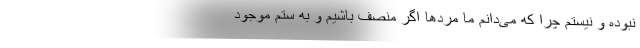
نبوده و نیستم چرا که می‌دانم ما مردها اگر منصف باشیم و به ستم موجود